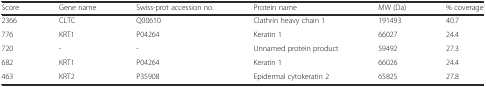
<table><thead><tr><td><b>Score</b></td><td><b>Gene name</b></td><td><b>Swiss-prot accession no.</b></td><td><b>Protein name</b></td><td><b>MW (Da)</b></td><td><b>% coverage</b></td></tr></thead><tbody><tr><td>2366</td><td>CLTC</td><td>Q00610</td><td>Clathrin heavy chain 1</td><td>191493</td><td>40.7</td></tr><tr><td>776</td><td>KRT1</td><td>P04264</td><td>Keratin 1</td><td>66027</td><td>24.4</td></tr><tr><td>720</td><td>-</td><td>-</td><td>Unnamed protein product</td><td>59492</td><td>27.3</td></tr><tr><td>682</td><td>KRT1</td><td>P04264</td><td>Keratin 1</td><td>66026</td><td>24.4</td></tr><tr><td>463</td><td>KRT2</td><td>P35908</td><td>Epidermal cytokeratin 2</td><td>65825</td><td>27.8</td></tr></tbody></table>